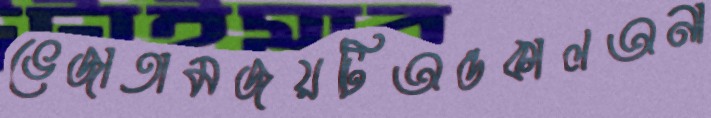
ভেজাতামজয়টিঅন্তকালঅনা